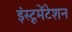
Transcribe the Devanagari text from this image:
इंस्‍टूमेंटेशन